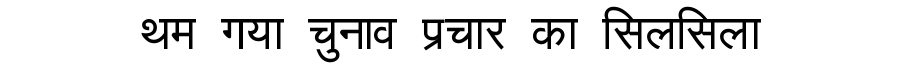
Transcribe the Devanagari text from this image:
थम गया चुनाव प्रचार का सिलसिला